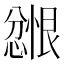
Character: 𪬲